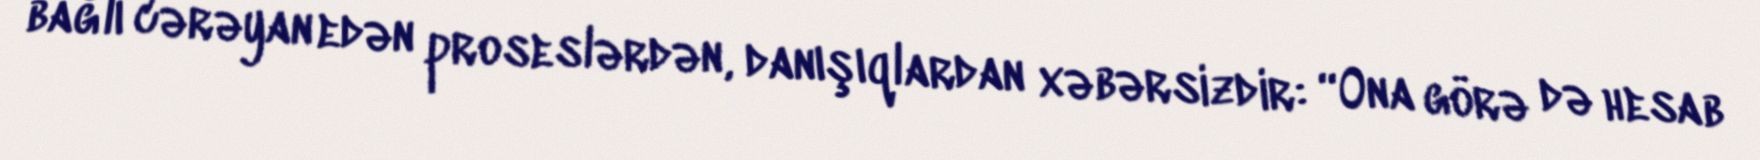
bağlı cərəyan edən proseslərdən, danışıqlardan xəbərsizdir: “Ona görə də hesab